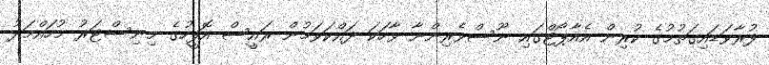
ފުރާވަޑައިގަތުމުގެ ކުރިން އެއާޕޯޓްގައި ނޫސްވެރިންނާ ވާހަކަ ދައްކަވަމުން ރައީސް އޮފީހުގެ މިނިސްޓަރު މުހައްމަދު